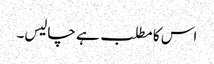
اس کا مطلب ہے چالیس۔